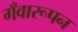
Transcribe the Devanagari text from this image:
गँवारूपन